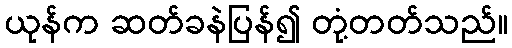
ယုန်က ဆတ်ခနဲပြန်၍ တုံ့တတ်သည်။